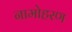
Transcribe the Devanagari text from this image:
नामोहरण